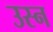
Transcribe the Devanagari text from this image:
उस्न